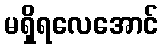
မရှိရလေအောင်